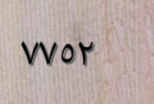
٧٧٥٢